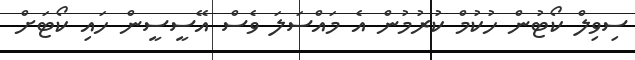
ސިވިލް ކޯޓުން ހުކުމް ކުރުމުން އެ މައްސަލަ ވެސް އޭސީސީން ހައި ކޯޓަށް